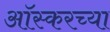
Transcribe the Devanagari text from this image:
आॅस्करच्या